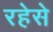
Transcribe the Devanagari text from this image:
रहेसे